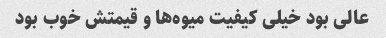
عالی بود خیلی کیفیت میوه‌ها و قیمتش خوب بود